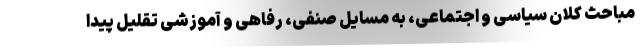
مباحث کلان سیاسی و اجتماعی، به مسایل صنفی، رفاهی و آموزشی تقلیل پیدا